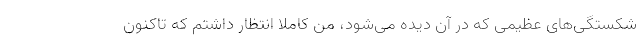
شکستگی‌های عظیمی که در آن دیده می‌شود، من کاملا انتظار داشتم که تاکنون